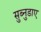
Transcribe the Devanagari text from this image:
सुब्नुडाए